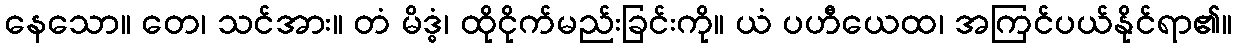
နေသော။ တေ၊ သင်အား။ တံ မိဒ္ဓံ၊ ထိုငိုက်မည်းခြင်းကို။ ယံ ပဟီယေထ၊ အကြင်ပယ်နိုင်ရာ၏။